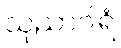
သုညာဂါရံ